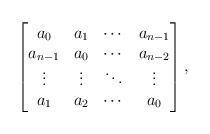
LaTeX: \begin{align*} \begin{bmatrix} a_{0} & a_{1} & \cdots & a_{n-1} \\ a_{n-1} & a_{0} & \cdots & a_{n-2} \\ \vdots & \vdots & \ddots & \vdots \\ a_{1} & a_{2} & \cdots & a_{0} \end{bmatrix},\end{align*}